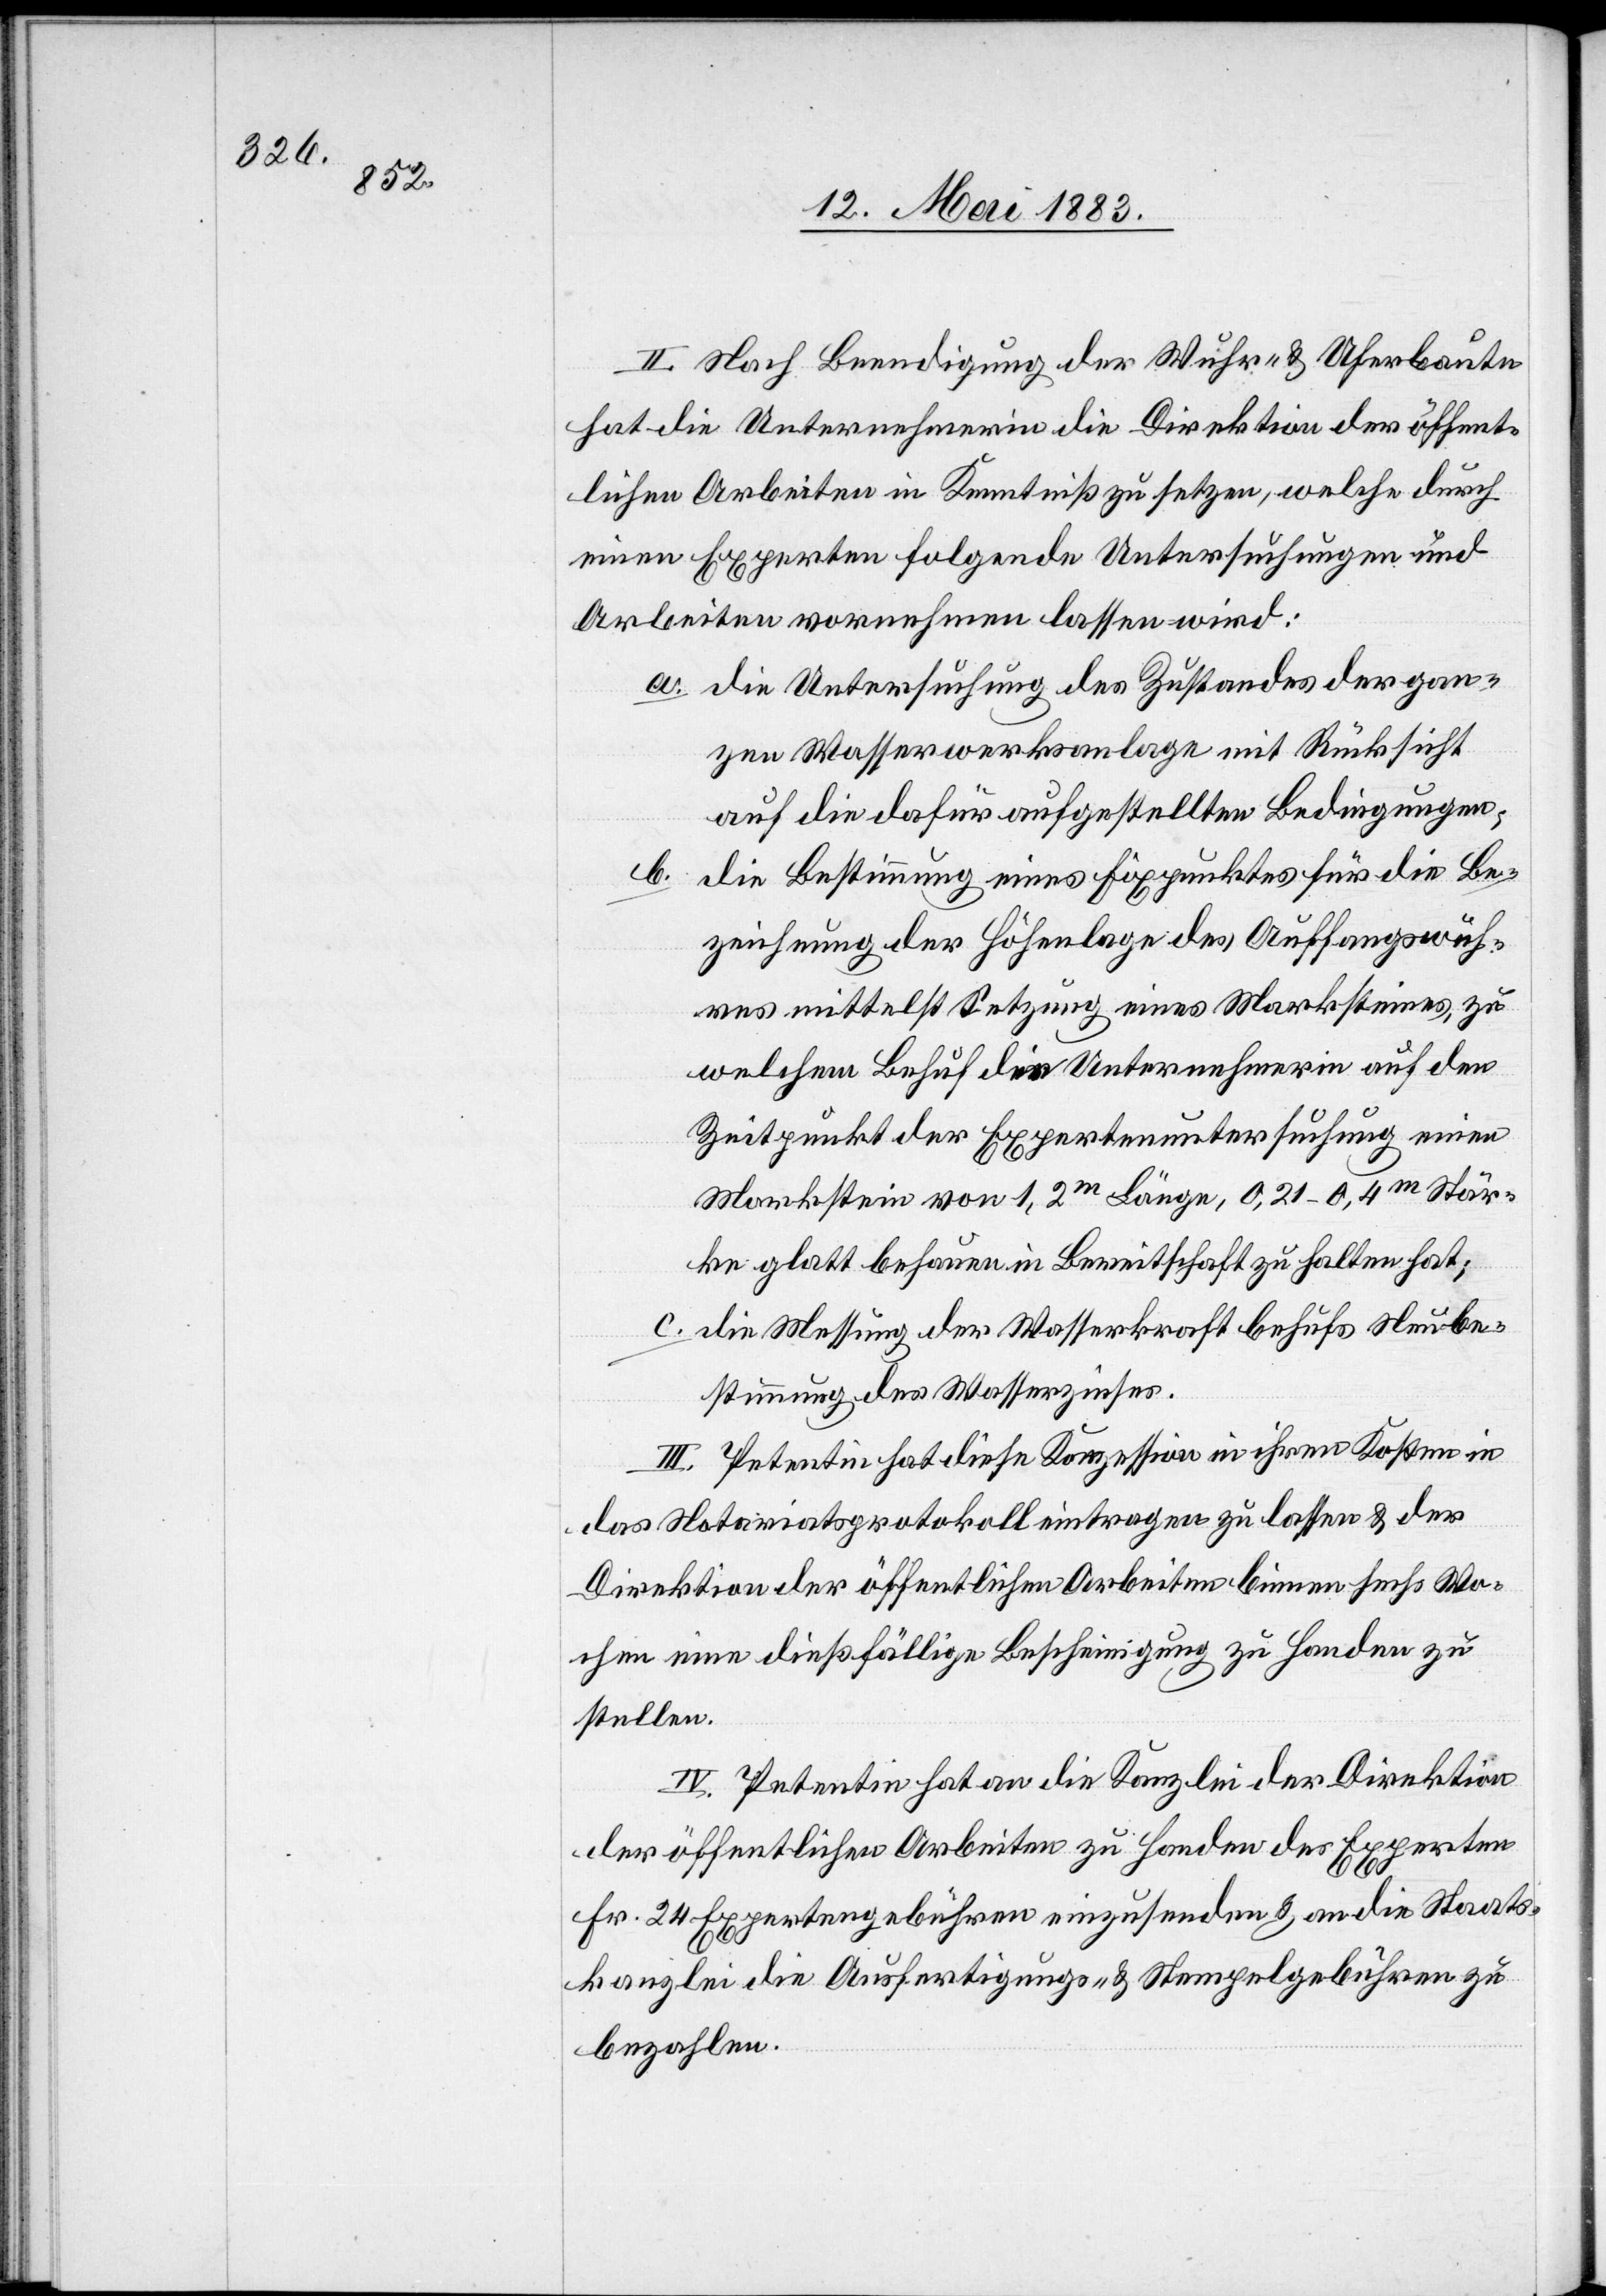
II. Nach Beendigung der Wuhr- & Uferbaute
hat die Unternehmerin die Direktion der öffent¬
lichen Arbeiten in Kenntniß zu setzen, welche durch
einen Experten folgende Untersuchungen und
Arbeiten vornehmen lassen wird:
a. Die Untersuchung des Zustandes der gan¬
zen Wasserwerksanlage mit Rücksicht
auf die dafür aufgestellten Bedingungen;
b.
die Bestimmung eines Fixpunktes für die Be¬
zeichnung der Höhenlage des Auffangswuh¬
res mittelst Setzung eines Marksteines, zu
welchem Behuf die Unternehmerin auf den
Zeitpunkt der Expertenuntersuchung einen
Markstein von 1,2m Länge, 0,21–0,4m Stär¬
ke glatt behauen in Bereitschaft zu halten hat;
c. die Messung der Wasserkraft behufs Neube¬
stimmung des Wasserzinses.
III. Petentin hat diese Konzession in ihren Kosten in
das Notariatsprotokoll eintragen zu lassen & der
Direktion der öffentlichen Arbeiten binnen sechs Wo¬
chen eine dießfällige Bescheinigung zu Handen zu
stellen.
IV. Petentin hat an die Kanzlei der Direktion
der öffentlichen Arbeiten zu Handen des Experten
Fr. 24 Expertengebühren einzusenden & an die Staats¬
kanzlei die Ausfertigungs- und Stempelgebühren zu
bezahlen.